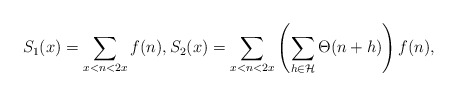
\begin{align*} S_1(x) = \sum_{x < n < 2x} f(n), S_2(x) = \sum_{x < n < 2x} \left( \sum_{h \in \mathcal{H}}\Theta(n + h) \right) f(n), \end{align*}